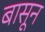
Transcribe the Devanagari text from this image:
बासून